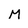
Character: M